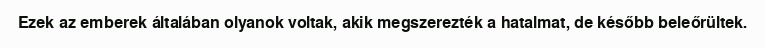
Ezek az emberek általában olyanok voltak, akik megszerezték a hatalmat, de később beleőrültek.